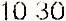
10.30